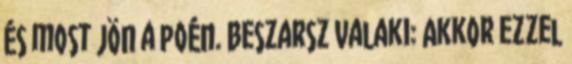
És most jön a poén. Beszarsz Valaki: Akkor ezzel